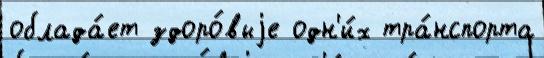
облада́ет здоро́выjе одн'и́х тра́нспорта